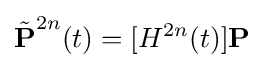
{\tilde {\textbf {P}}}^{2n}(t)=[H^{2n}(t)]{\textbf {P}}